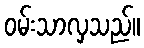
ဝမ်းသာလှသည်။